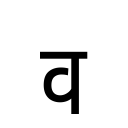
OCR:
व